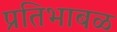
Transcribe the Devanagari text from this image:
प्रतिभाबळ